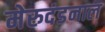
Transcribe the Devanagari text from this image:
मेरुदंडनाल